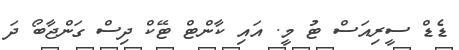
ޑެޑް ސީރިއަސް ޓު މީ. އައި ކާންޓް ޓޭކް ދިސް ގަންޖާބޯ ދަ